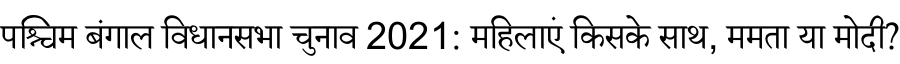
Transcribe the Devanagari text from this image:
पश्चिम बंगाल विधानसभा चुनाव 2021: महिलाएं किसके साथ, ममता या मोदी?